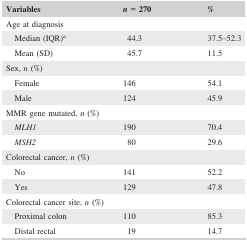
<table><thead><tr><td><b>Variables</b></td><td><b><i>n </i>=<i> </i>270</b></td><td><b>%</b></td></tr></thead><tbody><tr><td colspan="3">Age at diagnosis</td></tr><tr><td>Median (IQR)a</td><td>44.3</td><td>37.5–52.3</td></tr><tr><td>Mean (SD)</td><td>45.7</td><td>11.5</td></tr><tr><td colspan="3">Sex, <i>n</i> (%)</td></tr><tr><td>Female</td><td>146</td><td>54.1</td></tr><tr><td>Male</td><td>124</td><td>45.9</td></tr><tr><td colspan="3">MMR gene mutated, <i>n</i> (%)</td></tr><tr><td><i>MLH1</i></td><td>190</td><td>70.4</td></tr><tr><td><i>MSH2</i></td><td>80</td><td>29.6</td></tr><tr><td colspan="3">Colorectal cancer, <i>n</i> (%)</td></tr><tr><td>No</td><td>141</td><td>52.2</td></tr><tr><td>Yes</td><td>129</td><td>47.8</td></tr><tr><td colspan="3">Colorectal cancer site, <i>n</i> (%)</td></tr><tr><td>Proximal colon</td><td>110</td><td>85.3</td></tr><tr><td>Distal rectal</td><td>19</td><td>14.7</td></tr></tbody></table>